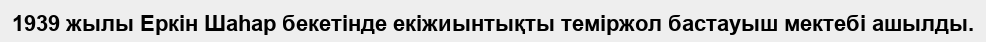
1939 жылы Еркін Шаһар бекетінде екіжиынтықты теміржол бастауыш мектебі ашылды.